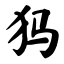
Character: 犸